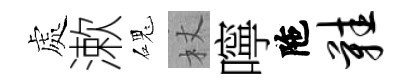
處漱磈杖嚀陁鞋